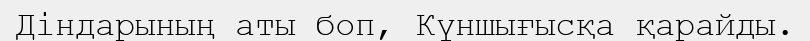
Діндарының аты боп, Күншығысқа қарайды.